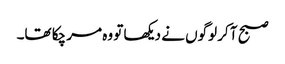
صبح آ کر لوگوں نے دیکھا تو وہ مر چکا تھا۔